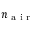
n _ { \textrm { a i r } }